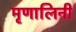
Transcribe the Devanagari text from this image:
मृृणालिनी